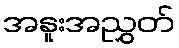
အနူးအညွှတ်